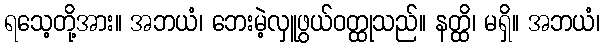
ရသေ့တို့အား။ အဘယံ၊ ဘေးမဲ့လှူဖွယ်ဝတ္ထုသည်။ နတ္ထိ၊ မရှိ။ အဘယံ၊